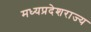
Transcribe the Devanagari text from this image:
मध्यप्रदेशराज्य